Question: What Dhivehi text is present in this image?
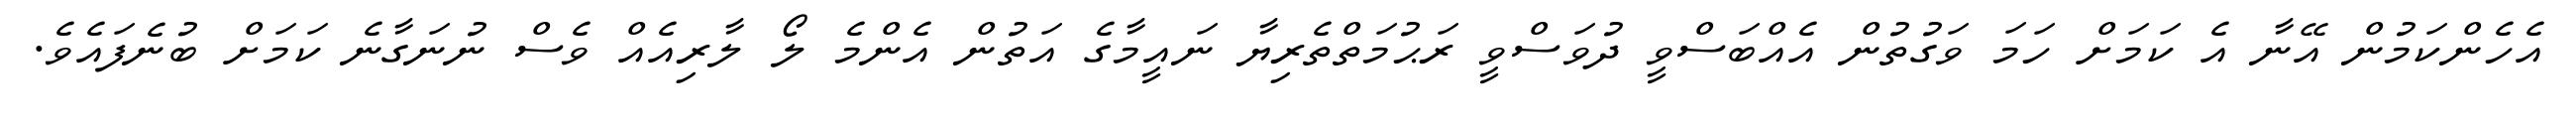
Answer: އެހެންކަމުން އޭނާ އެ ކަމަށް ހަމަ ވަގުތުން އެއްބަސްވީ ދުވަސްވީ ރަޙުމަތްތެރިޔާ ނައީމާގެ އަތުން އެންމެ ލޯ ލާރިއެއް ވެސް ނުނަގާނެ ކަމަށް ބުނެފައެވެ.